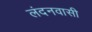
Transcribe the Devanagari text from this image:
लंदनवासी